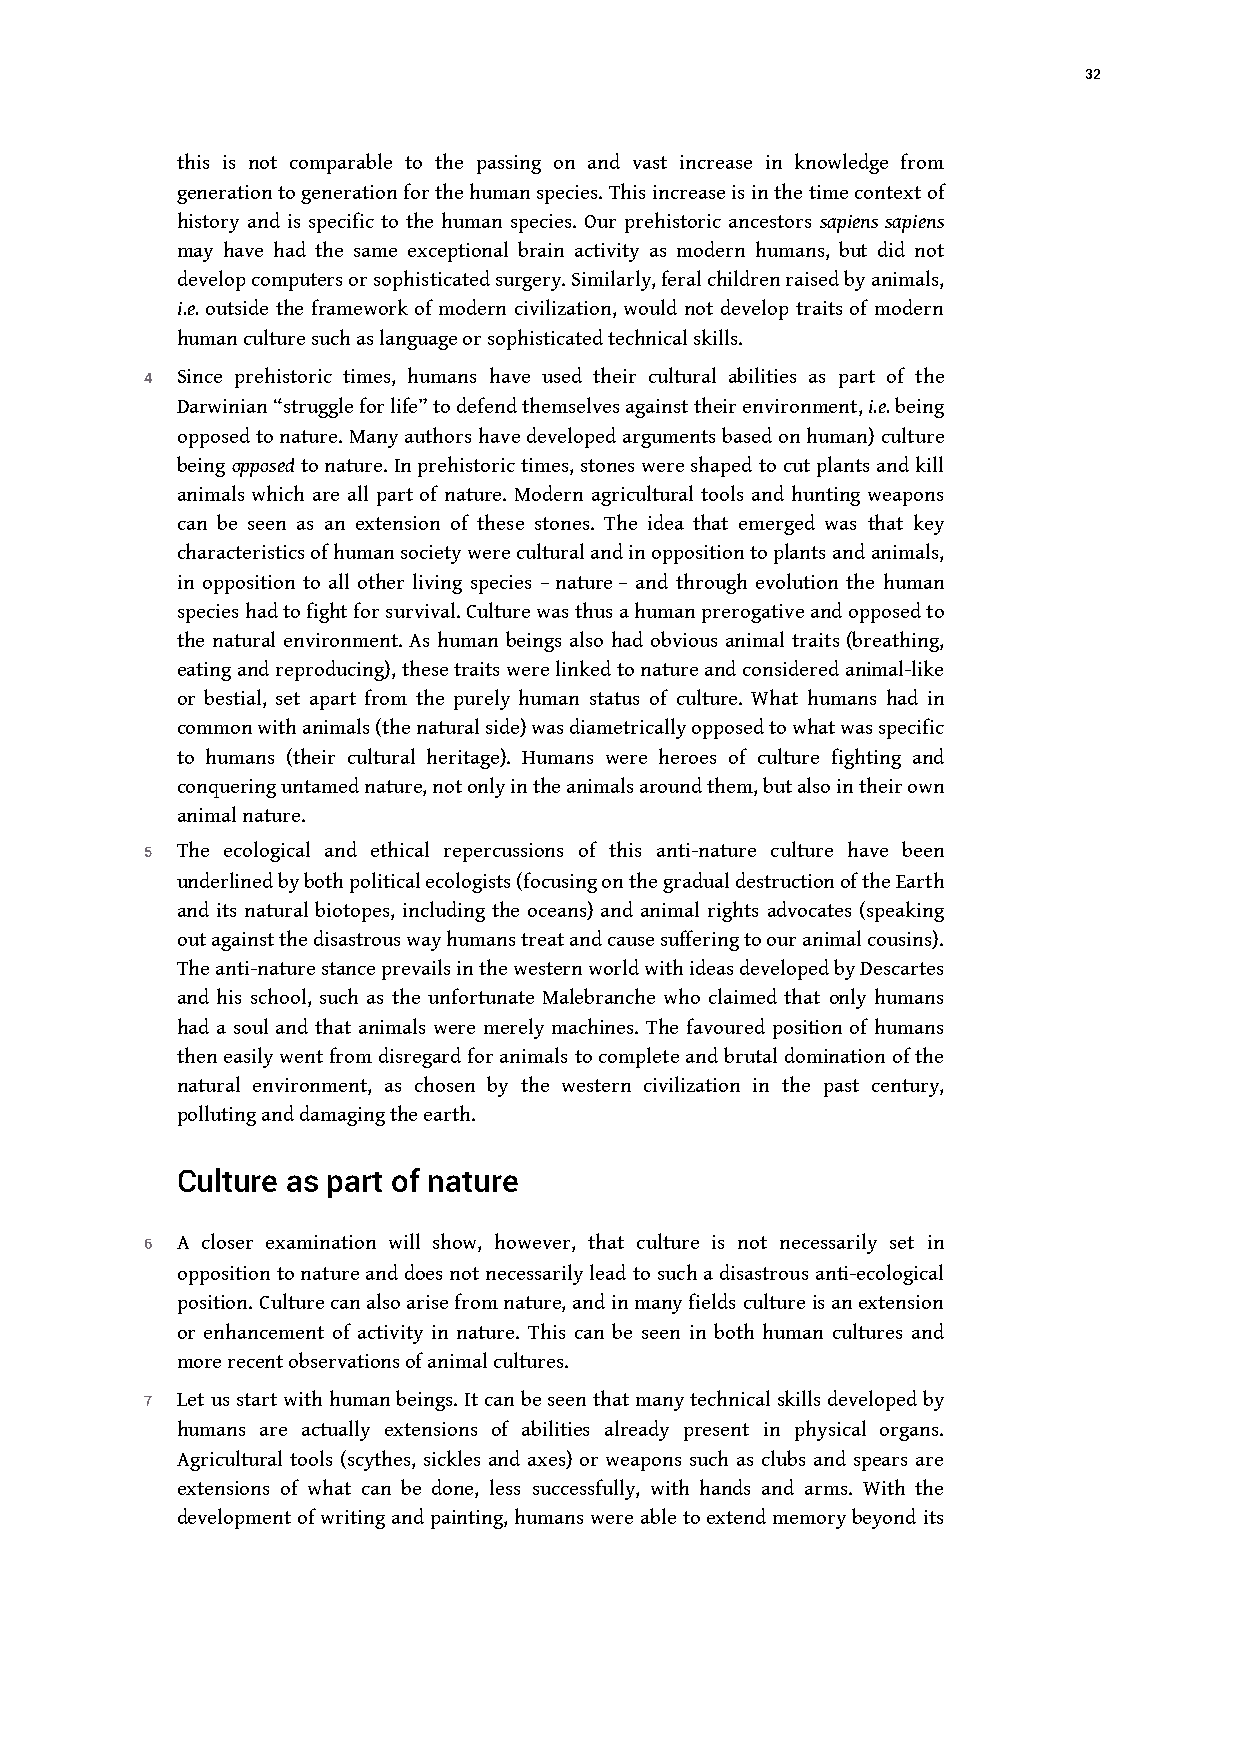
32
 this is not comparable to the passing on and vast increase in knowledge from
 generation to generation for the human species. This increase is in the time context of
 history and is specific to the human species. Our prehistoric ancestors sapiens sapiens
 may have had the same exceptional brain activity as modern humans, but did not
 develop computers or sophisticated surgery. Similarly, feral children raised by animals,
 i.e. outside the framework of modern civilization, would not develop traits of modern
 human culture such as language or sophisticated technical skills.
 4 Since prehistoric times, humans have used their cultural abilities as part of the
 Darwinian “struggle for life” to defend themselves against their environment, i.e. being
 opposed to nature. Many authors have developed arguments based on human) culture
 being opposed to nature. In prehistoric times, stones were shaped to cut plants and kill
 animals which are all part of nature. Modern agricultural tools and hunting weapons
 can be seen as an extension of these stones. The idea that emerged was that key
 characteristics of human society were cultural and in opposition toplants and animals,
 in opposition to all other living species – nature – and through evolution the human
 species had to fight for survival. Culture was thus a human prerogative and opposed to
 the natural environment. As human beings also had obvious animal traits (breathing,
 eating and reproducing), these traits were linked to nature and considered animal-like
 or bestial, set apart from the purely human status of culture. What humans had in
 common with animals (the natural side) was diametrically opposed to what was specific
 to humans (their cultural heritage). Humans were heroes of culture fighting and
 conquering untamed nature, not onlyin the animals around them, but also in their own
 animal nature.
 5 The ecological and ethical repercussions of this anti-nature culture have been
 underlined by both political ecologists (focusing on the gradual destruction of the Earth
 and its natural biotopes, including the oceans) and animal rights advocates (speaking
 out against the disastrous way humans treat and cause suffering to our animal cousins).
 The anti-nature stance prevails in the western world with ideas developed by Descartes
 and his school, such as the unfortunate Malebranche who claimed that only humans
 had a soul and that animals were merely machines. The favoured position of humans
 then easily went from disregard for animals to complete and brutal domination of the
 natural environment, as chosen by the western civilization in the past century,
 polluting and damaging the earth.
 Culture as part of nature
 6 A closer examination will show, however, that culture is not necessarily set in
 opposition to nature and does not necessarily lead to such a disastrous anti-ecological
 position. Culture can also arise from nature, and in many fields culture is an extension
 or enhancement of activity in nature. This can be seen in both human cultures and
 more recent observations of animal cultures.
 7 Let us start with human beings. It can be seen that many technical skills developed by
 humans are actually extensions of abilities already present in physical organs.
 Agricultural tools (scythes, sickles and axes) or weapons such as clubs and spears are
 extensions of what can be done, less successfully, with hands and arms. With the
 development of writing and painting, humans were able to extend memory beyond its